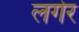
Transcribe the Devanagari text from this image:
लगेर